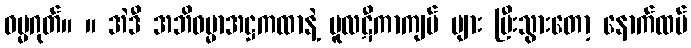
ဓမ္မဂုတ်။ ။ အဲဒီ အဘိဓမ္မာအဋ္ဌကထာနဲ့ မူလဋီကာကျမ် များ ပြီးသွားတော့ နောက်ထပ်